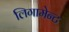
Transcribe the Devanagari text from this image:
लिगामेन्ट